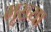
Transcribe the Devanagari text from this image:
मूख्या